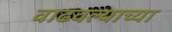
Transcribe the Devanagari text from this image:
वाढवल्याच्या